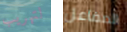
لتهريب المفاعل